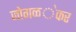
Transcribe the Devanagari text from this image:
जोगळ॓कर